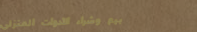
بيع وشراء الأدوات المنزلي